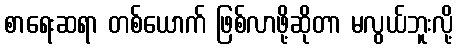
စာရေးဆရာ တစ်ယောက် ဖြစ်လာဖို့ဆိုတာ မလွယ်ဘူးလို့